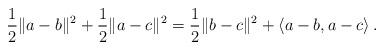
LaTeX: \begin{align*}\frac{1}{2} \|a-b \|^2 + \frac{1}{2} \|a-c \|^2 =\frac{1}{2} \|b -c \|^2 + \left\langle a-b, a-c \right\rangle .\end{align*}